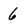
Character: 6